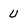
Character: U